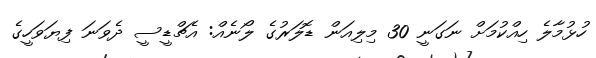
ހުޅުމާލެ ހިއްކުމަށް ނަގަނީ 30 މިލިއަން ޑޮލަރުގެ ލޯނެއް: އެޗްޑީސީ ދެވަނަ ފިޔަވަހީގެ